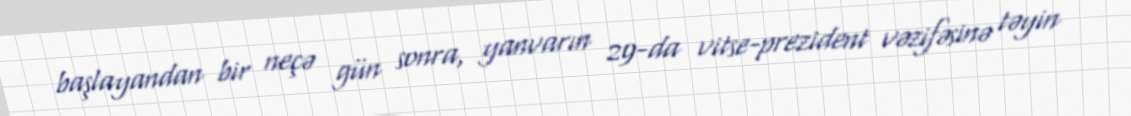
başlayandan bir neçə gün sonra, yanvarın 29-da vitse-prezident vəzifəsinə təyin